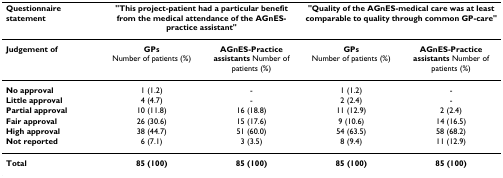
<table><thead><tr><td><b>Questionnaire statement</b></td><td colspan="2"><b>&quot;This project-patient had a particular benefit from the medical attendance of the AGnES-practice assistant&quot;</b></td><td colspan="2"><b>&quot;Quality of the AGnES-medical care was at least comparable to quality through common GP-care&quot;</b></td></tr></thead><tbody><tr><td><b>Judgement of</b></td><td><b>GPs</b>Number of patients (%)</td><td><b>AGnES-Practice assistants </b>Number of patients (%)</td><td><b>GPs</b>Number of patients (%)</td><td><b>AGnES-Practice assistants </b>Number of patients (%)</td></tr><tr><td><b>No approval</b></td><td>1 (1.2)</td><td>-</td><td>1 (1.2)</td><td>-</td></tr><tr><td><b>Little approval</b></td><td>4 (4.7)</td><td>-</td><td>2 (2.4)</td><td>-</td></tr><tr><td><b>Partial approval</b></td><td>10 (11.8)</td><td>16 (18.8)</td><td>11 (12.9)</td><td>2 (2.4)</td></tr><tr><td><b>Fair approval</b></td><td>26 (30.6)</td><td>15 (17.6)</td><td>9 (10.6)</td><td>14 (16.5)</td></tr><tr><td><b>High approval</b></td><td>38 (44.7)</td><td>51 (60.0)</td><td>54 (63.5)</td><td>58 (68.2)</td></tr><tr><td><b>Not reported</b></td><td>6 (7.1)</td><td>3 (3.5)</td><td>8 (9.4)</td><td>11 (12.9)</td></tr><tr><td><b>Total</b></td><td><b>85 (100)</b></td><td><b>85 (100)</b></td><td><b>85 (100)</b></td><td><b>85 (100)</b></td></tr></tbody></table>